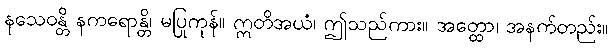
နသေဝန္တိ နကရောန္တိ၊ မပြုကုန်။ ဣတိအယံ၊ ဤသည်ကား။ အတ္ထော၊ အနက်တည်း။